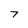
Character: 7